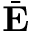
\bar { \bf E }